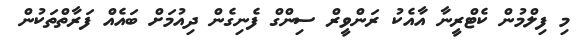
މި ފިލްމުން ކެޓްރީނާ އާއެކު ރަންވީރް ސިންގް ފެނިގެން ދިއުމަށް ބައެއް ފަރާތްތަކުން